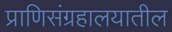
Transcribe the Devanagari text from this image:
प्राणिसंग्रहालयातील